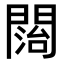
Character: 𨵔